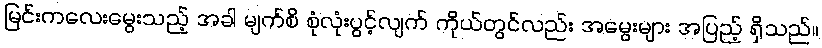
မြင်းကလေးမွေးသည့် အခါ မျက်စိ စုံလုံးပွင့်လျက် ကိုယ်တွင်လည်း အမွေးများ အပြည့် ရှိသည်။